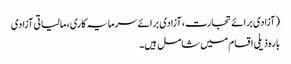
(آزادی برائے تجارت، آزادی برائے سرمایہ کاری، مالیاتی آزادی
بارہ ذیلی اقسام میں شامل ہیں۔